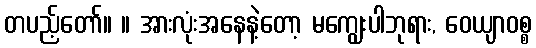
တပည့်တော်။ ။ အားလုံးအနေနဲ့တော့ မကျွေးပါဘုရား, ဝေယျာဝစ္စ